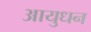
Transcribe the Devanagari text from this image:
आयुधन